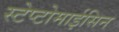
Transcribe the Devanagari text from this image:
स्टेप्टोमाईसिन